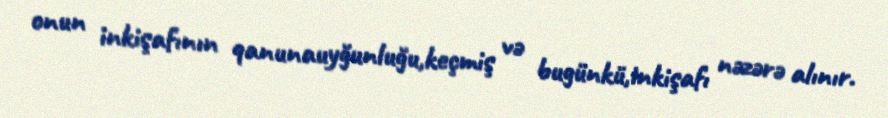
onun inkişafının qanunauyğunluğu,keçmiş və bugünkü,inkişafı nəzərə alınır.